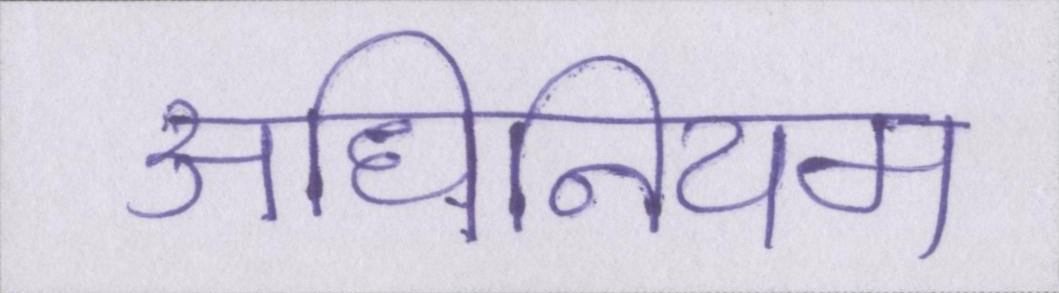
अधिनियम